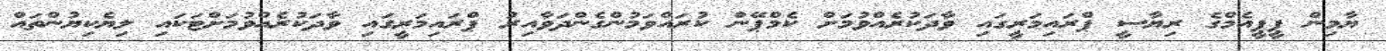
ޔާމިން ޕީޕީއެމްގެ ރިޔާސީ ޕްރައިމަރީގައި ވާދަކުރެއްވުމަށް ކެމްޕޭން ކުރައްވަމުންގެންދަވާއިރު ޕްރައިމަރީގައި ވާދަކުރެއްވުމަށްޓަކައި ލިޔެކިޔުންތައް